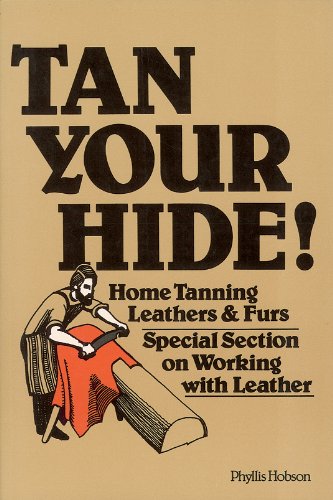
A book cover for Tan Your Hide!: Home Tanning Leathers & Furs; Phyllis Hobson; Crafts, Hobbies & Home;